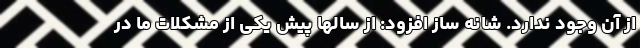
از آن وجود ندارد. شانه ساز افزود: از سالها پیش یکی از مشکلات ما در